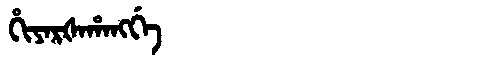
Manchu: ᡥᡳᠶᠠᡵᡧᠠᡥᠠᠩᡤᡝ
Romanization: HIYARŠAHANGGE